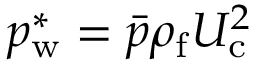
p _ { \mathrm { w } } ^ { * } = \bar { p } \rho _ { \mathrm { f } } U _ { \mathrm { c } } ^ { 2 }